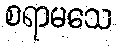
စရာမသေ